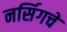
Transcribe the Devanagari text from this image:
नर्सिगचे